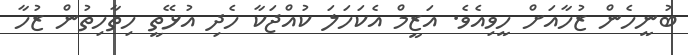
ބުނީހެން ޒުހާއަށް ހީވިއެވެ. އަޒީމް އެކަހަލަ ކުއްޖަކާ ހެދި އުޅޭތީ ހިތާހިތުން ޒުހާ